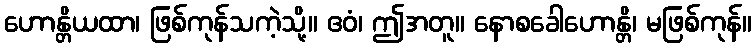
ဟောန္တိယထာ၊ ဖြစ်ကုန်သကဲ့သို့။ ဧဝံ၊ ဤအတူ။ နောစခေါဟောန္တိ၊ မဖြစ်ကုန်။